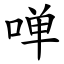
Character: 啴